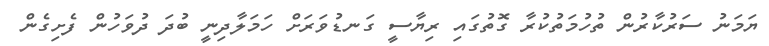
ޔަމަނު ސަރުކާރުން ތުހުމަތުކުރާ ގޮތުގައި ރިޔާސީ ގަނޑުވަރަށް ހަމަލާދިނީ ބުދަ ދުވަހުން ފެށިގެން